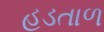
હડતાળ